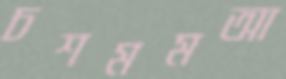
চশমমআ